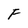
Character: F